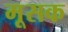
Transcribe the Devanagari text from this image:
मूसक